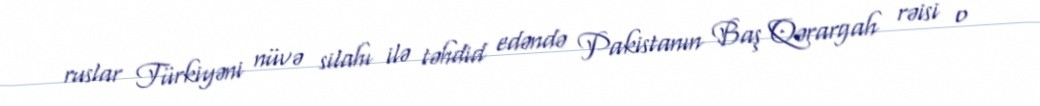
ruslar Türkiyəni nüvə silahı ilə təhdid edəndə Pakistanın Baş Qərargah rəisi o